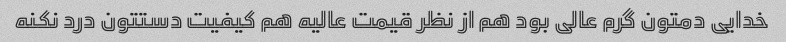
خدایی دمتون گرم عالی بود هم از نظر قیمت عالیه هم کیفیت دستتون درد نکنه